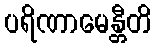
ပရိဏာမေန္တီတိ